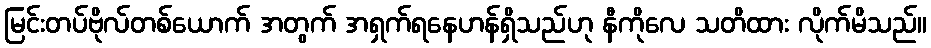
မြင်းတပ်ဗိုလ်တစ်ယောက် အတွက် အရှက်ရနေဟန်ရှိသည်ဟု နီကိုလေ သတိထား လိုက်မိသည်။